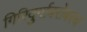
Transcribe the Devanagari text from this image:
गिरिदुर्गाबरोबरच